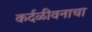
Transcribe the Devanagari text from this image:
कर्दळीवनाचा